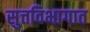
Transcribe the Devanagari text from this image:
सुत्तविभागात